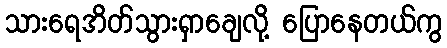
သားရေအိတ်သွားရှာချေလို့ ပြောနေတယ်ကွ